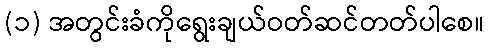
(၁) အတွင်းခံကိုရွေးချယ်ဝတ်ဆင်တတ်ပါစေ။